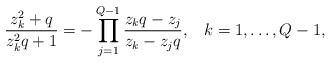
\begin{align*}\frac{z_k^2 + q}{z_k^2 q +1} = -\prod_{j=1}^{Q-1} \frac{z_k q - z_j}{z_k - z_j q}, \hspace{10pt} k=1,\ldots,Q-1,\end{align*}